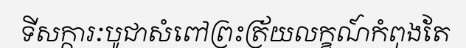
ទីសក្ការៈបូជាសំពៅព្រះត្រ័យលក្ខណ៍កំពុងតែ